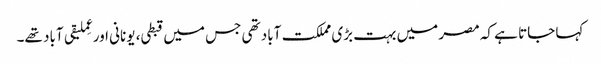
کہا جاتا ہے کہ مصر میں بہت بڑی مملکت آباد تھی جس میں قبطی، یونانی اور عِملیقی آباد تھے۔